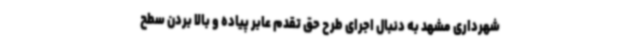
شهرداری مشهد به دنبال اجرای طرح حق تقدم عابر پیاده و بالا بردن سطح